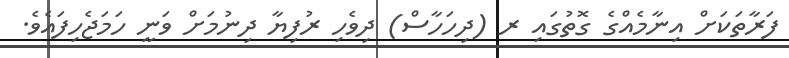
ފަރާތަކަށް އިނާމެއްގެ ގޮތުގައި ރ (ދިހަހާސް) ދިވެހި ރުފިޔާ ދިނުމަށް ވަނީ ހަމަޖެހިފައެވެ.